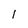
Character: 1